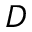
D